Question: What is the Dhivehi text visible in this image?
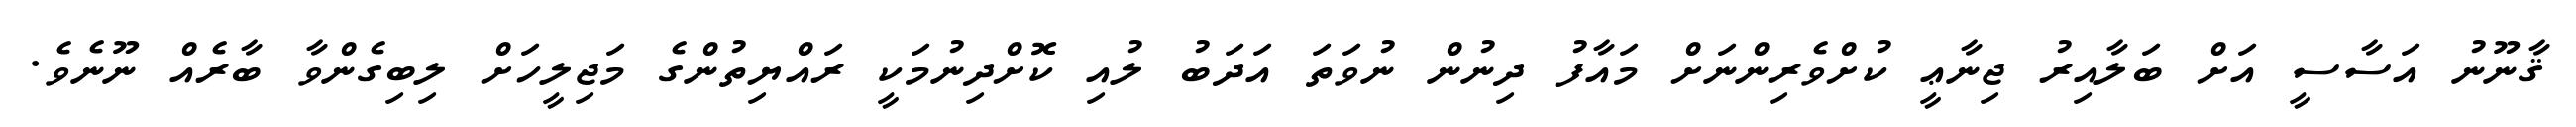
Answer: ޤާނޫނު އަސާސީ އަށް ބަލާއިރު ޖިނާޢީ ކުށްވެރިންނަށް މައާފު ދިނުން ނުވަތަ އަދަބު ލުއި ކޮށްދިނުމަކީ ރައްޔިތުންގެ މަޖިލީހަށް ލިބިގެންވާ ބާރެއް ނޫނެވެ.